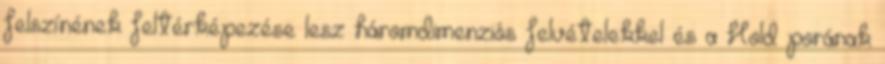
felszínének feltérképezése lesz háromdimenziós felvételekkel és a Hold porának